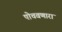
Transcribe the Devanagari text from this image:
पोचवणारा